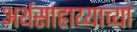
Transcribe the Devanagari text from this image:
अर्थसाहाय्याच्या